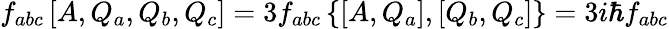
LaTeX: f_{abc}\left[A,Q_{a},Q_{b},Q_{c}\right]=3f_{abc}\left\{ \left[A,Q_{a}\right],\left[Q_{b},Q_{c}\right]\right\} =3i\hbar f_{abc}